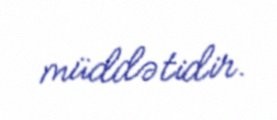
müddətidir.